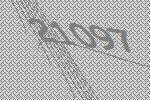
21097